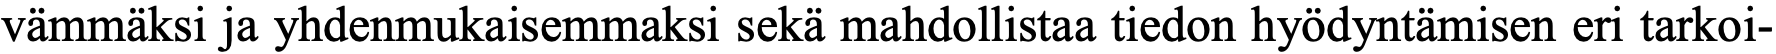
vämmäksi ja yhdenmukaisemmaksi sekä mahdollistaa tiedon hyödyntämisen eri tarkoi-